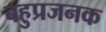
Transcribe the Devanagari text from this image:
बहुप्रजनक